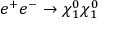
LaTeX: e ^ { + } e ^ { - } \to \chi _ { 1 } ^ { 0 } \chi _ { 1 } ^ { 0 }